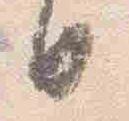
日